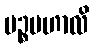
ပဉ္စမဟာလိ